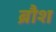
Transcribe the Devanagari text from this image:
ब्रौश